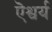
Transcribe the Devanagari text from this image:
ऎश्वर्य